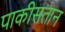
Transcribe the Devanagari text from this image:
पाकीसतान